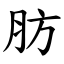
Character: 肪